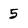
Character: 5